Plague in India, 1896, 1897 - Volume 3
Year: 1896
Disease focus: Plague
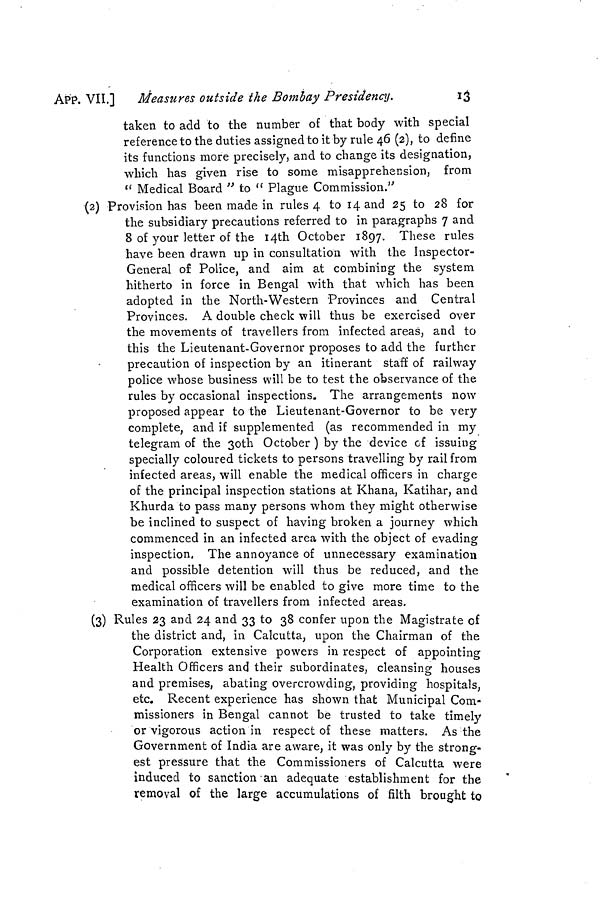
APP. VIL]
Measures outside the Bombay Presidency.
3
taken to add to the number of that body with special
reference to the duties assigned to it by rule 46 (2), to define
its functions more precisely, and to change its designation,
which has given rise to some misapprehension, from
" Medical Board " to " Plague Commission."
(2) Provision has been made in rules 4 to 4 and 25 to 28 for
the subsidiary precautions referred to in paragraphs 7 and
8 of your letter of the 14th October 1897. These rules
have been drawn up in consultation with the Inspector-
General of Police, and aim at combining the system
hitherto in force in Bengal with that which has been
adopted in the North-Western Provinces and Central
Provinces. A double check will thus be exercised over
the movements of travellers from infected areas, and to
this the Lieutenant-Governor proposes to add the further
precaution of inspection by an itinerant staff of railway
police whose business will be to test the observance of the
rules by occasional inspections. The arrangements now
proposed appear to the Lieutenant-Governor to be very
complete, and if supplemented (as recommended in my
telegram of the 3oth October ) by the device cf issuing
specially coloured tickets to persons travelling by rail from
infected areas, will enable the medical officers in charge
of the principal inspection stations at Khana, Katihar, and
Khurda to pass many persons whom they might otherwise
be inclined to suspect of having broken a journey which
commenced in an infected area with the object of evading
inspection. The annoyance of unnecessary examination
and possible detention will thus be reduced, and the
medical officers will be enabled to give more time to the
examination of travellers from infected areas.
(3) Rules 23 and 24 and 33 to 38 confer upon the Magistrate of
the district and, in Calcutta, upon the Chairman of the
Corporation extensive powers in respect of appointing
Health Officers and their subordinates, cleansing houses
and premises, abating overcrowding, providing hospitals,
etc. Recent experience has shown that Municipal Com-
missioners in Bengal cannot be trusted to take timely
or vigorous action in respect of these matters. As the
Government of India are aware, it was only by the strong-
est pressure that the Commissioners of Calcutta were
induced to sanction-an adequate establishment for the
removal of the large accumulations of filth brought to